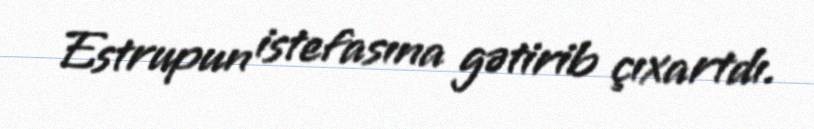
Estrupun istefasına gətirib çıxartdı.